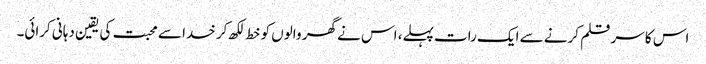
اس کا سر قلم کرنے سے ایک رات پہلے، اس نے گھر والوں کو خط لکھ کر خدا سے محبت کی یقین دہانی کرائی۔